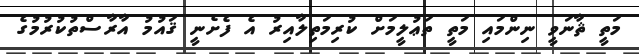
މަތީ ޘާނަވީ ނިންމައި މަތީ ތަޢުލީމަށް ކުރިމަތިލާއިރު އެ ފެށެނީ ޤައުމު އާރާސްތުކުރުމުގެ